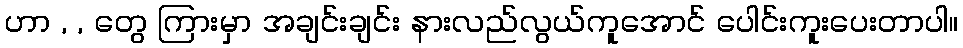
ဟာ , , တွေ ကြားမှာ အချင်းချင်း နားလည်လွယ်ကူအောင် ပေါင်းကူးပေးတာပါ။